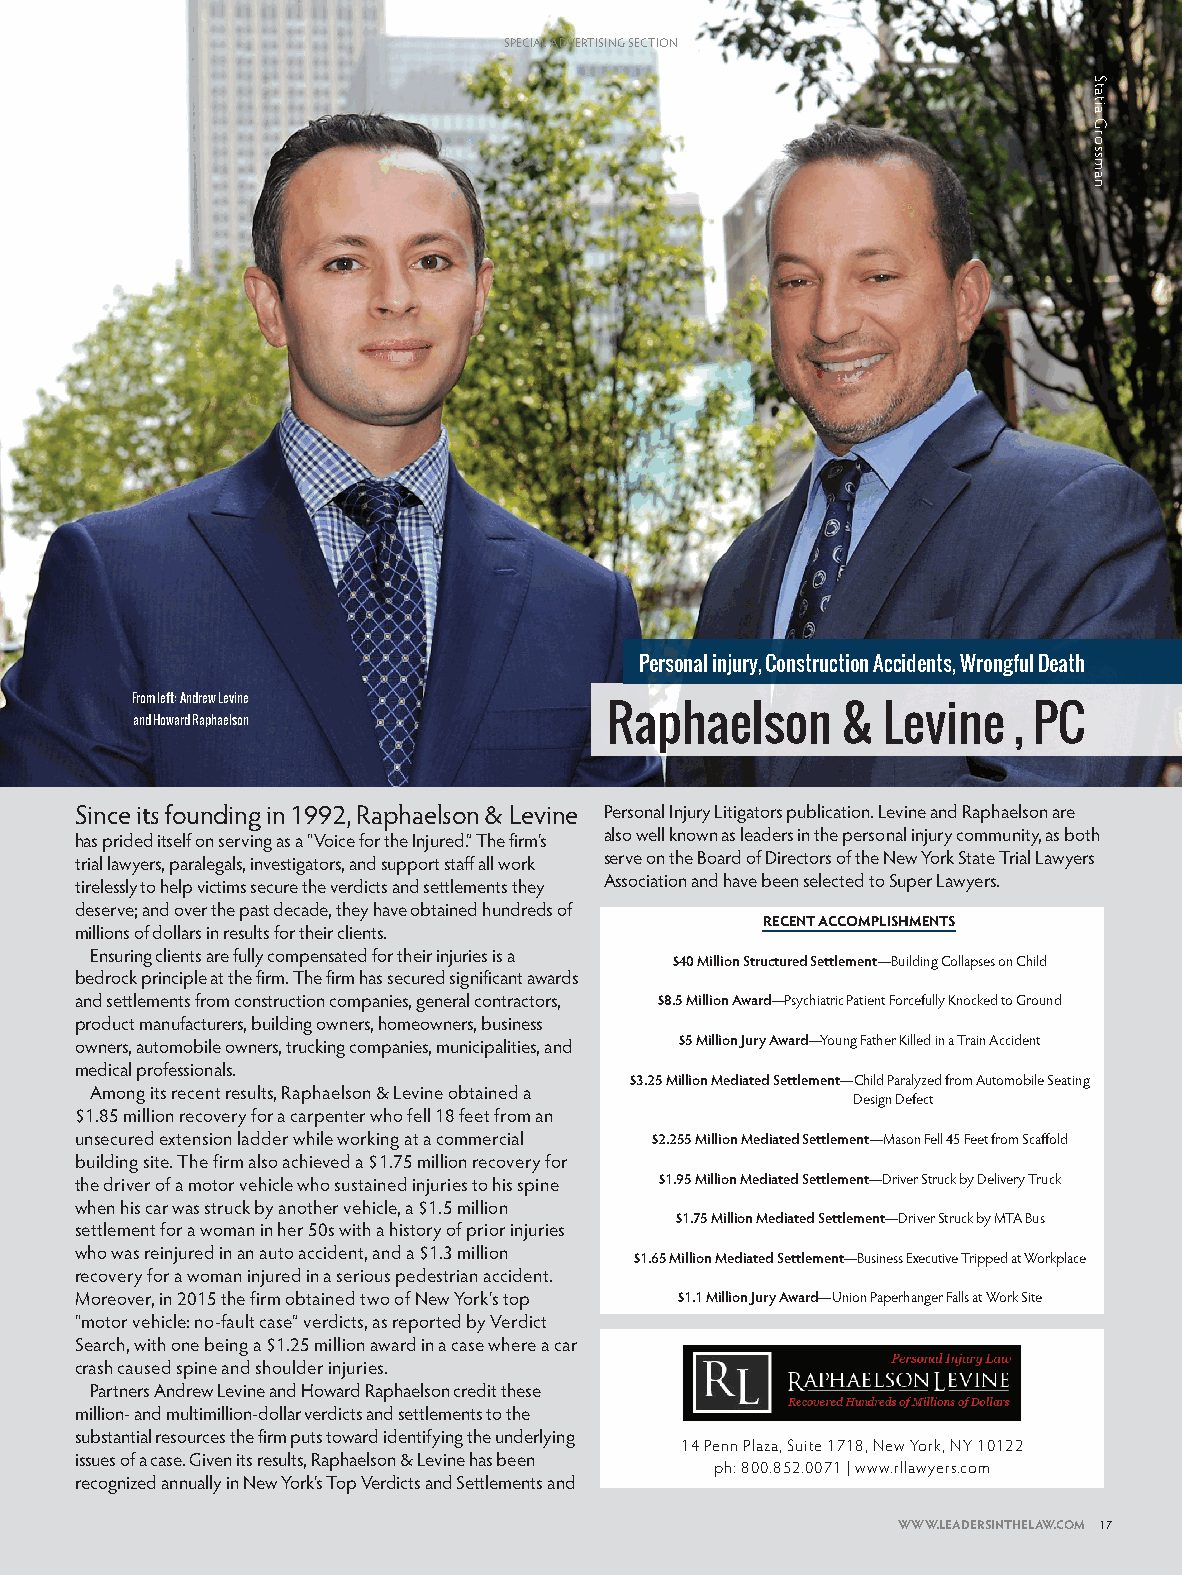
SPECIAL ADVERTISING SECTION
 Personal injury, Construction Accidents, Wrongful Death
 From left: Andrew Levine
 Raphaelson      & Levine   , PC
 and Howard Raphaelson
 Since its founding in 1992, Raphaelson & Levine Personal Injury Litigators publication. Levine and Raphaelson are
 has prided itself on serving as a “Voice for the Injured.” The firm’s also well known as leaders in the personal injury community, as both
 trial lawyers, paralegals, investigators, and support staff all work serve on the Board of Directors of the New York State Trial Lawyers
 tirelessly to help victims secure the verdicts and settlements they Association and have been selected to Super Lawyers.
 deserve; and over the past decade, they have obtained hundreds of
 RECENT ACCOMPLISHMENTS
 millions of dollars in results for their clients.
 Ensuring clients are fully compensated for their injuries is a $40 Million Structured Settlement—Building Collapses on Child
 at it bedrock principle at the firm. The firm has secured significant awards
 e    and settlements from construction companies, general contractors, $8.5 Million Award—Psychiatric Patient Forcefully Knocked to Ground
 product manufacturers, building owners, homeowners, business
 owners, automobile owners, trucking companies, municipalities, and $5 Million Jury Award—Young Father Killed in a Train Accident
 medical professionals.
 $3.25 Million Mediated Settlement—Child Paralyzed from Automobile Seating
 Among its recent results, Raphaelson & Levine obtained a
 Design Defect
 $1.85 million recovery for a carpenter who fell 18 feet from an
 unsecured extension ladder while working at a commercial $2.255 Million Mediated Settlement—Mason Fell 45 Feet from Scaffold
 building site. The firm also achieved a $1.75 million recovery for
 the driver of a motor vehicle who sustained injuries to his spine $1.95 Million Mediated Settlement—Driver Struck by Delivery Truck
 when his car was struck by another vehicle, a $1.5 million
 $1.75 Million Mediated Settlement—Driver Struck by MTA Bus
 settlement for a woman in her 50s with a history of prior injuries
 who was reinjured in an auto accident, and a $1.3 million $1.65 Million Mediated Settlement—Business Executive Tripped at Workplace
 recovery for a woman injured in a serious pedestrian accident.
 Moreover, in 2015 the firm obtained two of New York’s top $1.1 Million Jury Award—Union Paperhanger Falls at Work Site
 “motor vehicle: no-fault case” verdicts, as reported by Verdict
 Search, with one being a $1.25 million award in a case where a car
 crash caused spine and shoulder injuries.
 Partners Andrew Levine and Howard Raphaelson credit these
 million- and multimillion-dollar verdicts and settlements to the
 substantial resources the firm puts toward identifying the underlying
 14 Penn Plaza, Suite 1718, New York, NY 10122
 issues of a case. Given its results, Raphaelson & Levine has been
 ph: 800.852.0071 | www.rllawyers.com
 recognized annually in New York’s Top Verdicts and Settlements and
 WWWWWW..LLEEAADDEERRSSIINNTTHHEELLAAWW..CCOOMM 1177
 LAWYERS_2016 [Print].indd 17                                          6/22/16 3:23 PM
 Statia
 Grossman